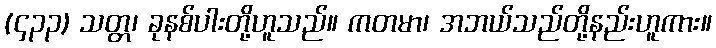
(၄၃၃) သတ္တ၊ ခုနစ်ပါးတို့ဟူသည်။ ကတမာ၊ အဘယ်သည်တို့နည်းဟူကား။